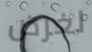
لغرض